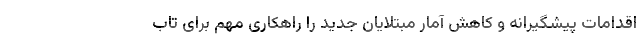
اقدامات پیشگیرانه و کاهش آمار مبتلایان جدید را راهکاری مهم برای تاب